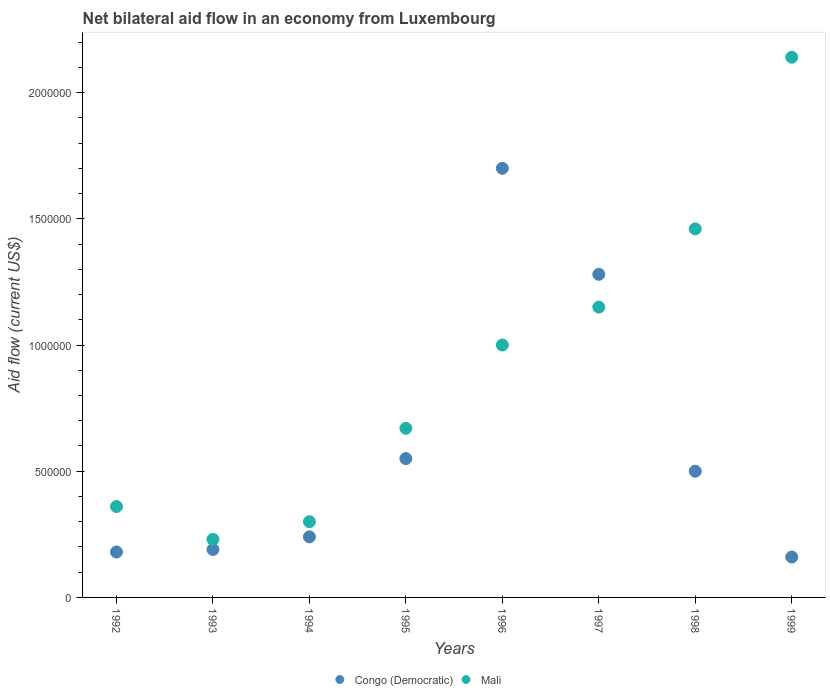
| Years | Congo (Democratic) | Mali |
 | --- | --- | --- |
 | 1992 | 1.8e+05 | 3.6e+05 |
 | 1993 | 1.9e+05 | 2.3e+05 |
 | 1994 | 2.4e+05 | 3e+05 |
 | 1995 | 5.5e+05 | 6.7e+05 |
 | 1996 | 1.7e+06 | 1e+06 |
 | 1997 | 1.28e+06 | 1.15e+06 |
 | 1998 | 5e+05 | 1.46e+06 |
 | 1999 | 1.6e+05 | 2.14e+06 |